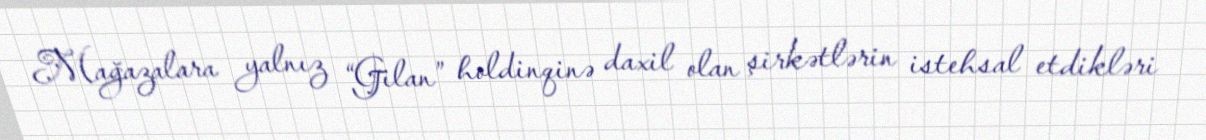
Mağazalara yalnız “Gilan” holdinqinə daxil olan şirkətlərin istehsal etdikləri